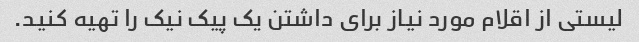
لیستی از اقلام مورد نیاز برای داشتن یک پیک نیک را تهیه کنید.